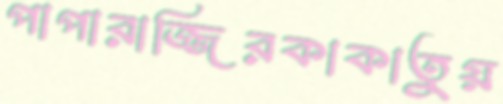
পাপারাজ্জিরকাকাতুয়